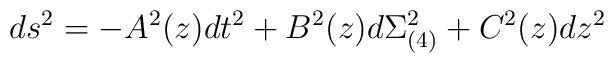
ds^2 = -A^2(z) dt^2 + B^2(z) d\Sigma_{(4)} ^2 + C^2(z) dz^2